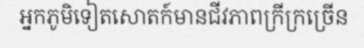
អ្នកភូមិទៀតសោតក៍មានជីវភាពក្រីក្រច្រើន